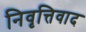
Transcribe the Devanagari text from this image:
निवृत्तिवाद